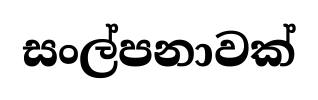
සංල්පනාවක්